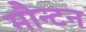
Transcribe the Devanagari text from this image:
मौन्टन